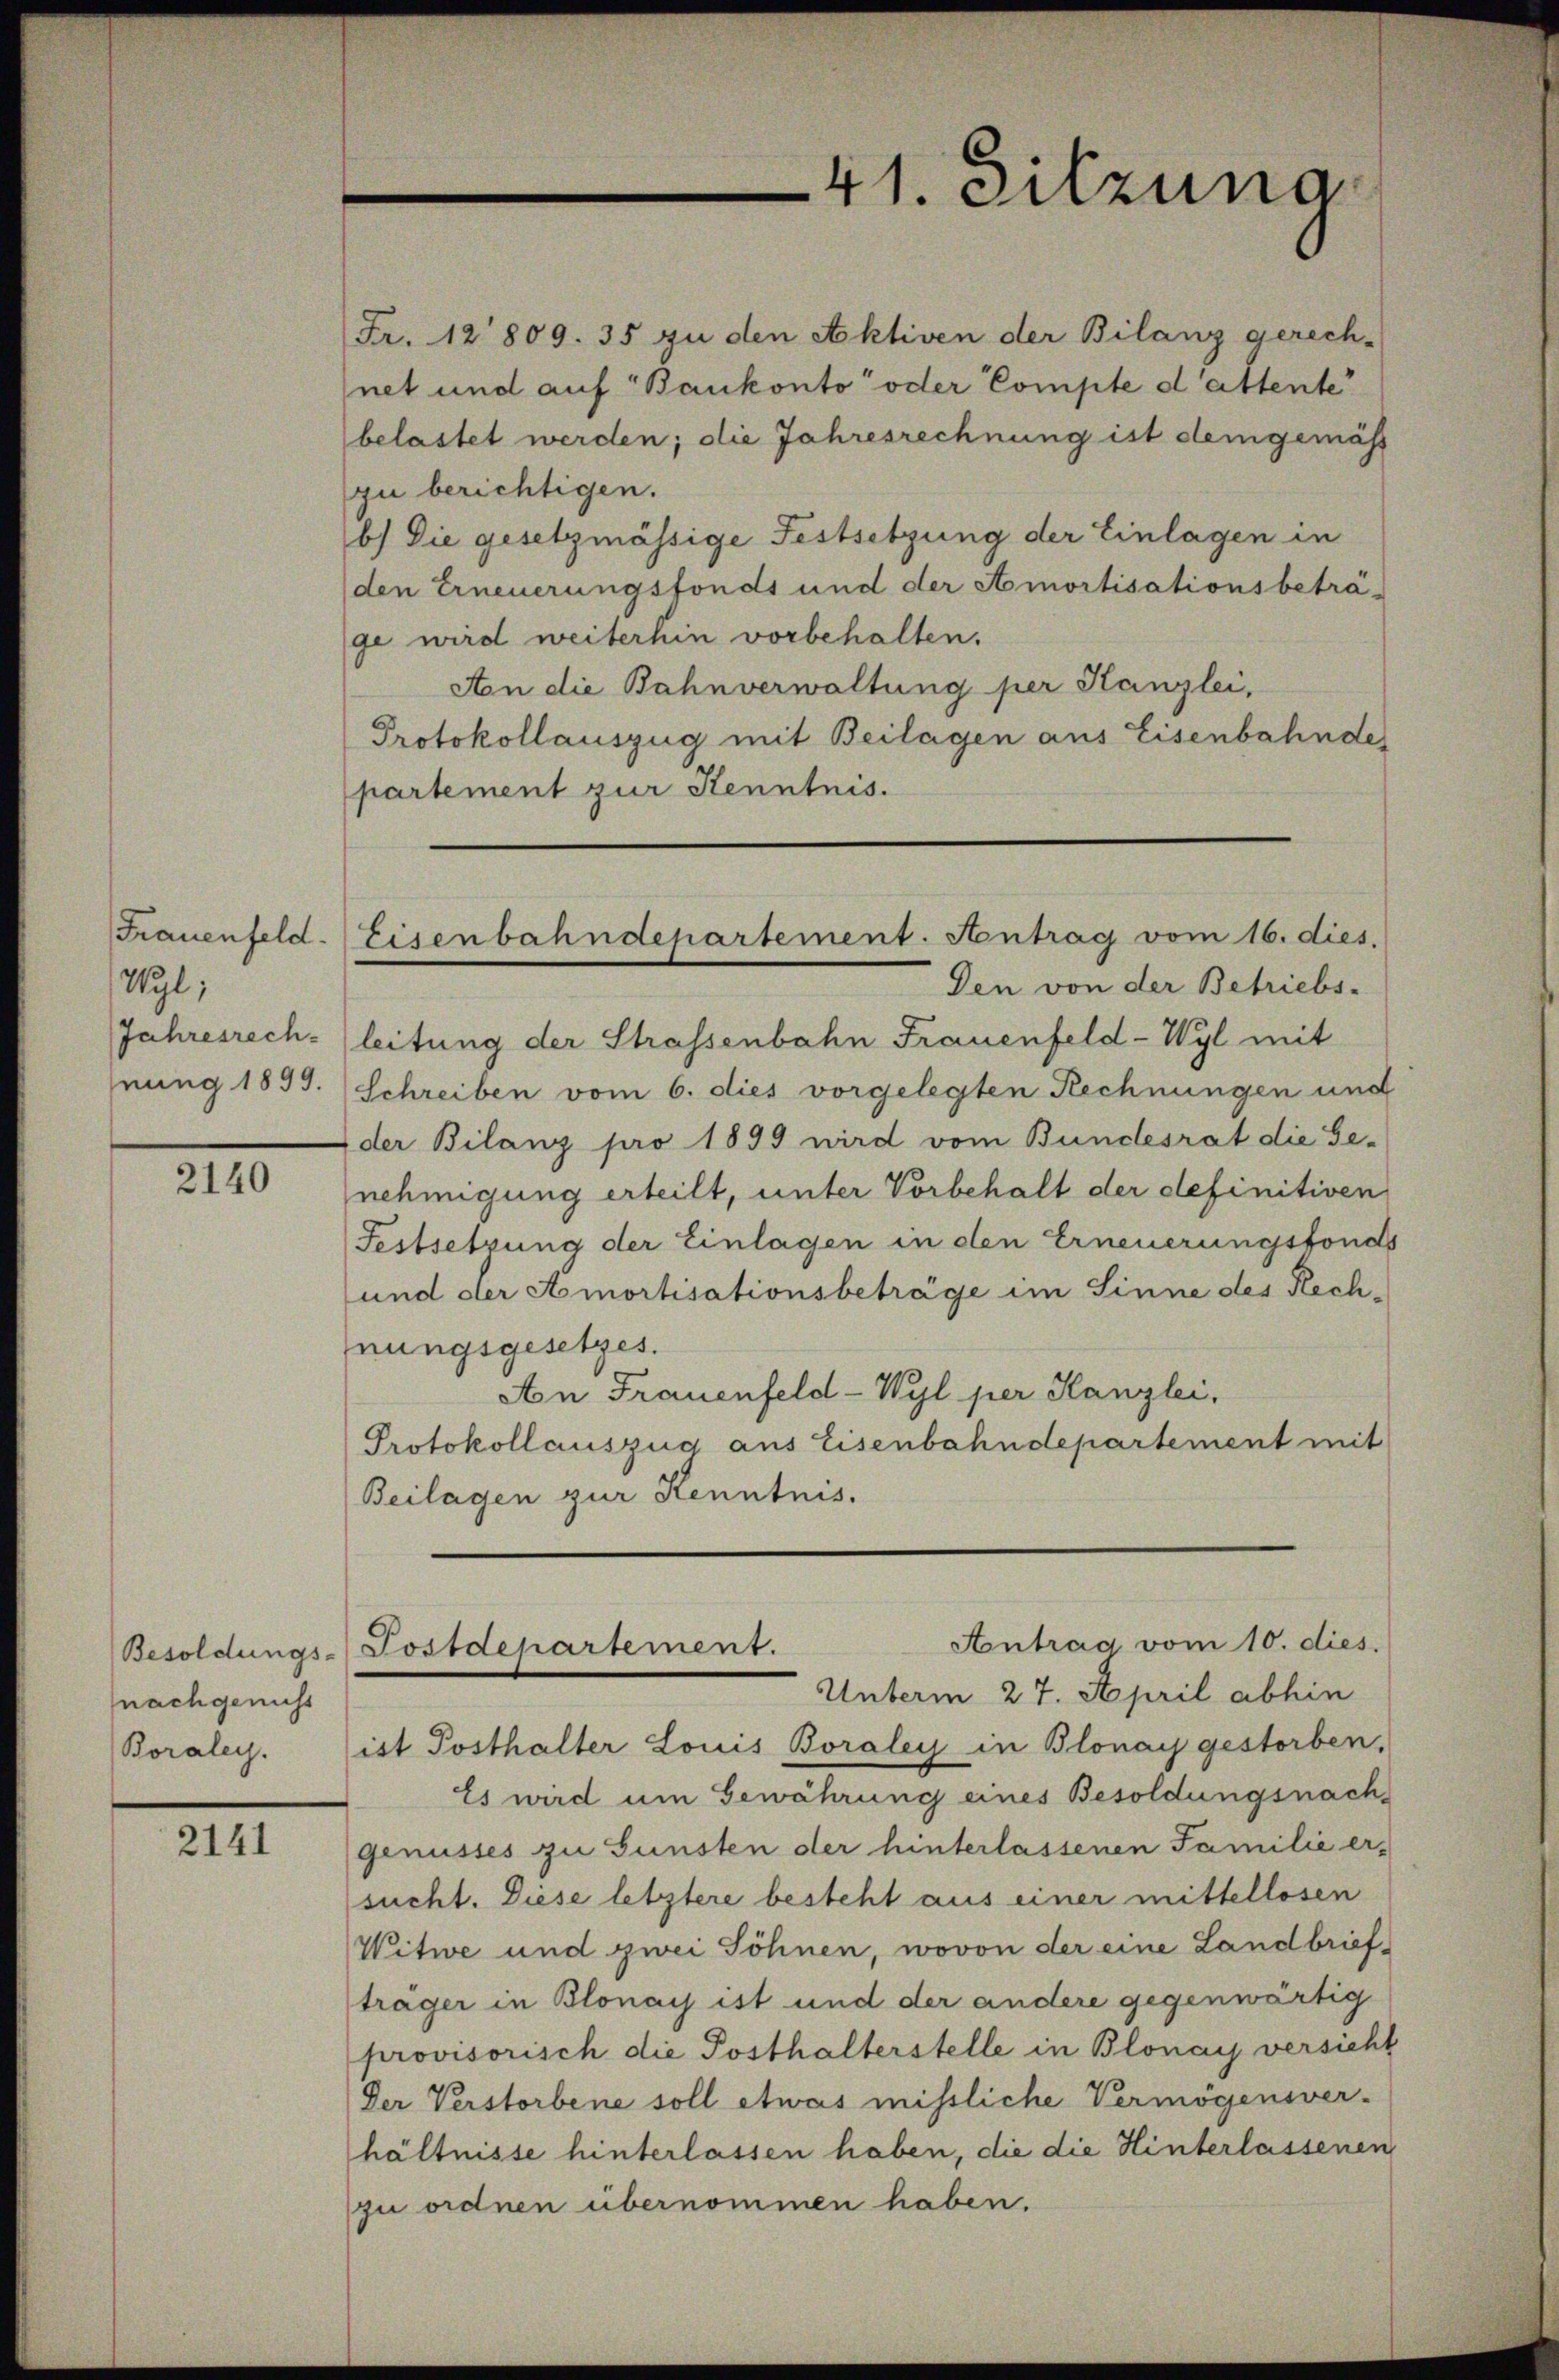
Frauenfeld.
Wyl;
Jahresrech-
nung 1899.

2140

nachgenuss
Boraley.

2141

Fr. 12809. 35 zu den Aktiven der Bilanz gerech-
net und auf Bankonto oder Compte d’attente
belastet werden; die Jahresrechnung ist demgemäss
zu berichtigen.
b) Die gesetzmässige Festsetzung der Einlagen in
den Erneuerungsfonds und der Amortisationsbeträ-
ge wird weiterhin vorbehalten.
Aon die Bahnverwaltung per Kanzlei,
Protokollauszug mit Beilagen aus Eisenbahnde
partement zur Kenntnis.

41. Sitzung

Eisenbahndepartement. Antrag vom 16. dies.

Den von der Betriebs-
leitung der Strassenbahn Frauenfeld-Wyl mit
Schreiben vom 6. dies vorgelegten Rechnungen und
der Bilanz pro 1899 wird vom Bundesrat die Ge-
nehmigung erteilt, unter Vorbehalt der definitiven
Festsetzung der Einlagen in den Erneuerungsfonds
und der Amortisationsbeträge im Sinne des Rechnungsgesetzes.
An Frauenfeld-Wyl per Kanzlei,
Protokollauszug aus Eisenbahndepartement mit
Beilagen zur Kenntnis.
Antrag vom 10. dies
Besoldungs-Postdepartement.
Unterm 27. April abhin
ist Posthalter Louis Boraley in Blonay gestorben,
Es wird um Gewährung eines Besoldungsnach-
genusses zu Gunsten der hinterlassenen Familie er-
sucht. Diese letztere besteht aus einer mittellosen
Witwe und zwei Söhnen, wovon der eine Landbriefträger in Blonay ist und der andere gegenwärtig
provisorisch die Posthalterstelle in Blonay versicht
Der Verstorbene soll etwas missliche Vermögensver-
hältnisse hinterlassen haben, die die Hinterlassenen
zu ordnen übernommen haben.